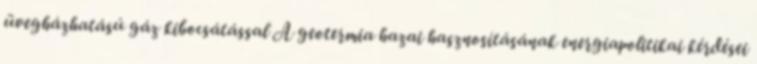
üvegházhatású gáz kibocsátással A geotermia hazai hasznosításának energiapolitikai kérdései